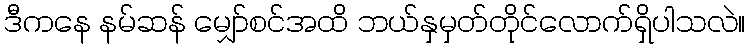
ဒီကနေ နမ်ဆန် မျှော်စင်အထိ ဘယ်နှမှတ်တိုင်လောက်ရှိပါသလဲ။